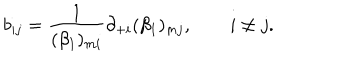
LaTeX: b _ { i j } = \frac { 1 } { ( \beta _ { 1 } ) _ { m i } } \partial _ { + i } ( \beta _ { 1 } ) _ { m j } , \qquad i \ne j .